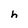
Character: h